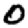
Digit: 0